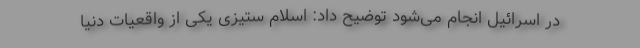
در اسرائیل انجام می‌شود توضیح داد: اسلام ستیزی یکی از واقعیات دنیا